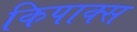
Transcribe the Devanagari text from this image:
किपाक्स